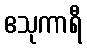
ဧသုကာရီ